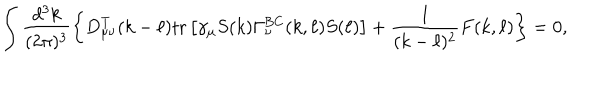
LaTeX: \int \frac { d ^ { 3 } k } { ( 2 \pi ) ^ { 3 } } \left\{ D _ { \mu \nu } ^ { \mathrm { T } } ( k - \ell ) \mathrm { t r } \left[ \gamma _ { \mu } S ( k ) \Gamma _ { \nu } ^ { \mathrm { B C } } ( k , \ell ) S ( \ell ) \right] + \frac { 1 } { ( k - \ell ) ^ { 2 } } F ( k , \ell ) \right\} = 0 ,